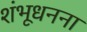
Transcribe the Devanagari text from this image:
शंभूधनना